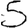
Digit: 5